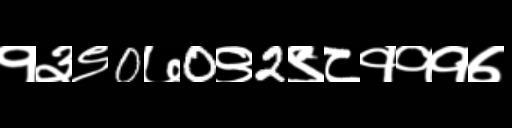
Text: १३९0७0९2९८१११७